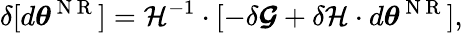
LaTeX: \delta[d{\boldsymbol{\theta}}^{\mathrm{~N~R~}}]=\mathcal{H}^{-1}\cdot[-\delta\boldsymbol{\mathcal{G}}+\delta\mathcal{H}\cdot d{\boldsymbol{\theta}}^{\mathrm{~N~R~}}],